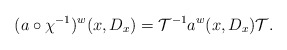
\begin{align*}(a \circ \chi^{-1})^w(x,D_x)=\mathcal{T}^{-1}a^w(x,D_x) \mathcal{T}.\end{align*}